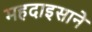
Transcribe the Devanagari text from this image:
महदाइसाने